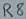
Text: R8